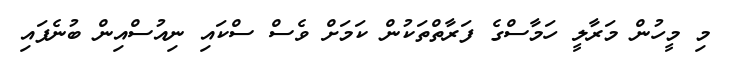
މި މީހުން މަރާލީ ހަމާސްގެ ފަރާތްތަކުން ކަމަށް ވެސް ސްކައި ނިއުސްއިން ބުނެފައި